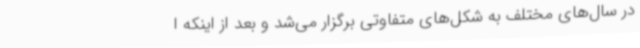
در سال‌های مختلف به شکل‌های متفاوتی برگزار می‌شد و بعد از اینکه ا